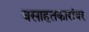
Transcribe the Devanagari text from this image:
वसाहतकारांवर